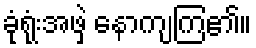
ခုံရုံးအဖှဲ့ နောကျကြ၏။